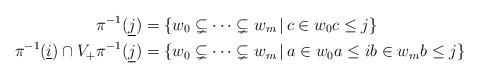
LaTeX: \begin{align*}\pi^{-1}(\underline{j}) &= \{w_0\subsetneq \cdots \subsetneq w_m\,|\,c\in w_0c\leq j \}\\\pi^{-1}(\underline{i}) \cap V_+\pi^{-1}(\underline{j}) &= \{w_0\subsetneq \cdots \subsetneq w_m\,|\, a\in w_0a\leq ib\in w_m b\leq j \} \end{align*}